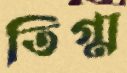
তিগ্ম